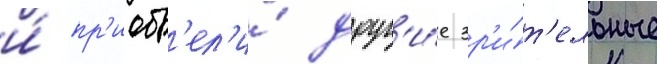
и́ пр'иобр'ел'и́ друг'и́е зр'и́т'ельные